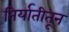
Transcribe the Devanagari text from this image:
निर्यातीतून